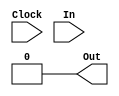
`timescale 1ns / 1ps
//-----------------------------------------------------------------------
//	Version:	$Revision: 1.0 $
//	Desc:		A basic timer module
//	Copyright:	Copyright 2008 UC Berkeley
//	This copyright header must appear in all derivative works.
//-----------------------------------------------------------------------


//-----------------------------------------------------------------------
//	Module:		Timer
//	Desc:		A Timer that counts down from a given input
//	Ex:		T Minus 10, 9, 8, 7, 6, ...
//-----------------------------------------------------------------------
module Timer(Clock, In, Out);
	//---------------------------------------------------------------
	//	I/O
	//---------------------------------------------------------------
	input Clock;
	input [31:0] In;
	output reg Out;
	//---------------------------------------------------------------
	 
	//---------------------------------------------------------------
	//	Regs
	//---------------------------------------------------------------
	reg [31:0] Current;
	//---------------------------------------------------------------

	//---------------------------------------------------------------
	//	Behavioral Timer
	//---------------------------------------------------------------
	always @ (posedge Clock) begin
		Current = (Current != 32'b0) ? (Current - 1) : 32'b0;
		Out = (Current == 32'b0) ? 1'b1 : 1'b0;
	end
	 
	always @ (In) begin
		Current = In;
		Out = 1'b0;
	end
	//---------------------------------------------------------------

endmodule
//-----------------------------------------------------------------------